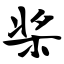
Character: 桨